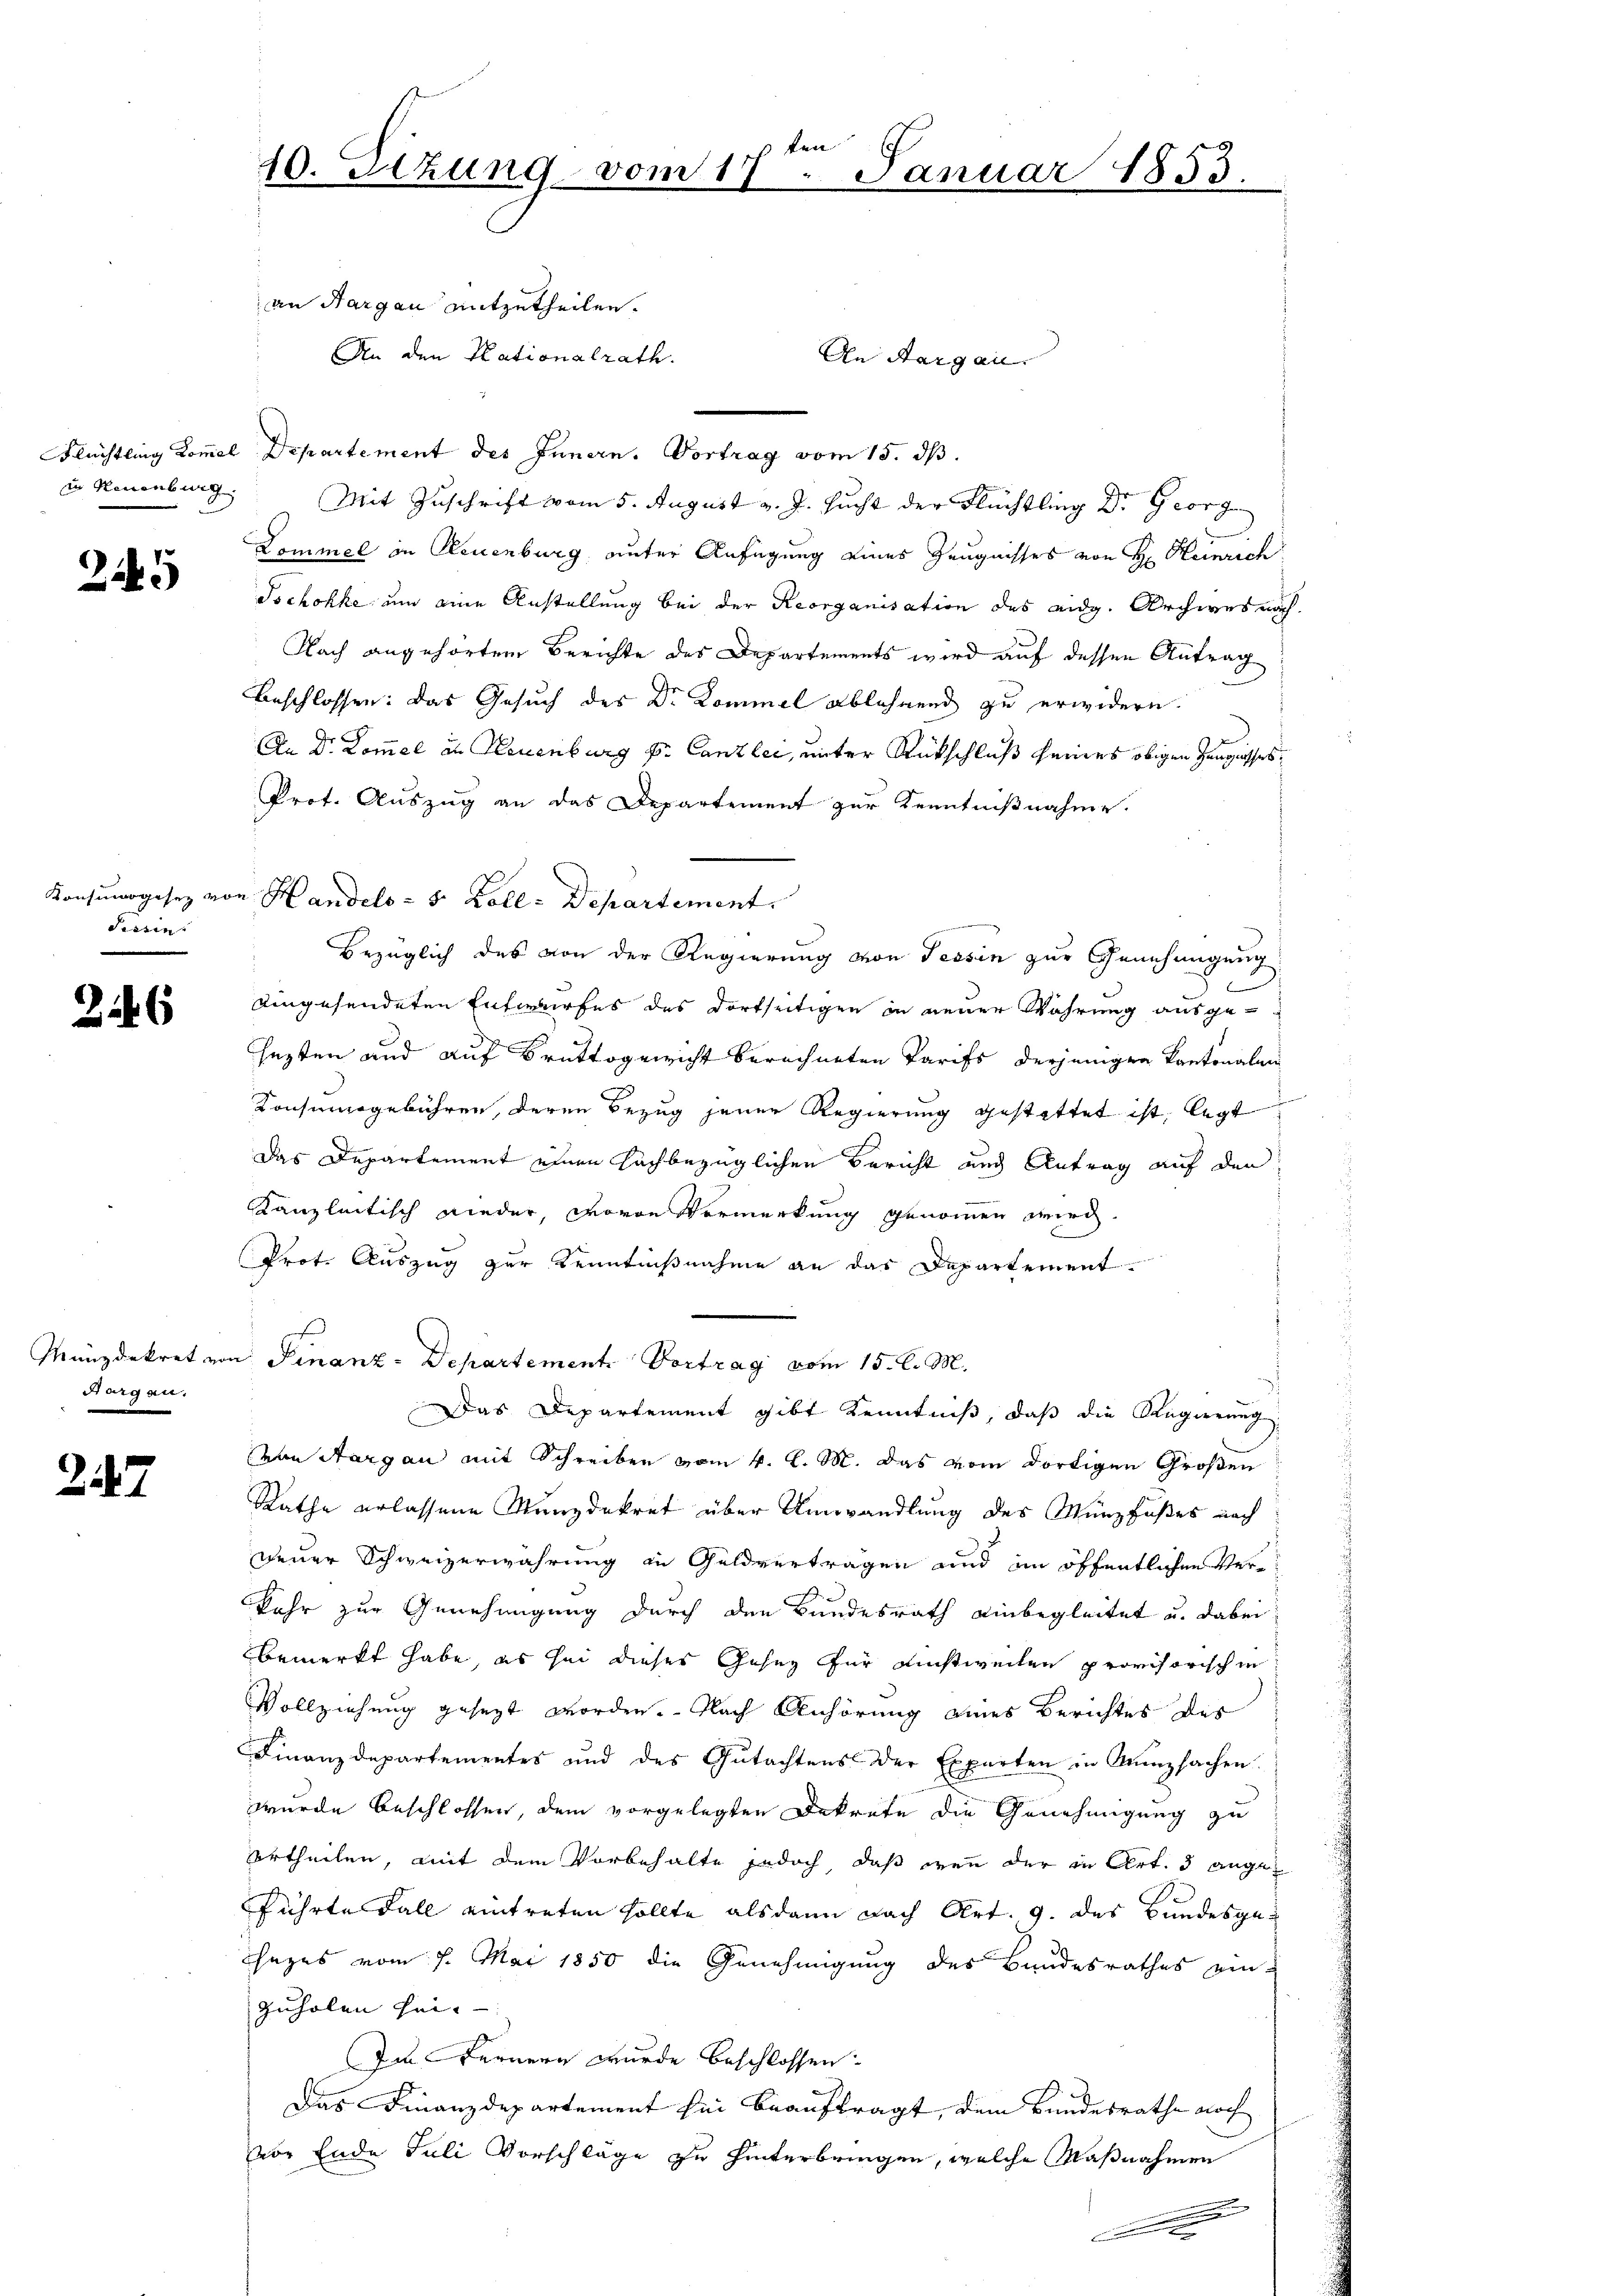
in Neuenburg.

245

Konsumgesez v
Sistin

6

Münzdekret von
Aargau.

247

len
10. Sitzung vom 17. Januar 1853.

an Hargau mitzutheilen.
An den Plationalrath.
An Sargau.
Flüchtling Kom̅el Departement des Innern. Vortrag vom 15. ds.
Mit Zuschrift vom 5. August v. J. sucht der Flüchtling Dr. Georg
Dommel in Reuenburg unter Anfügung eines Zeugnisses von H. Heinrich
Tschokke um eine Anstellung bei der Reorganisation des eidg. Archives nach¬
Nach angehörtem Berichte des Departements wird auf dessen Antrag
Beschlossen: Das Gesuch der Dr. Kommel ablehnend zu erwidern.
An Dr. Kommel in Neuenburg S. Canzlei, unter Rückschluß seines obigen Zeugnisses.
Prof. Auszug an das Departement zur Kenntnißnahme.
n Handels- 5 Zoll-Departement.
Bezüglich des von der Regierung von Tessin zur Genehmigung
eingesendeten Entwurfes des dortseitigen in neuer Wahrung ausgehezten und auf Bruttogericht berechneten Tarifs derjenigen Kantonalen
Konsumsgebühren, deren Bezug jener Regierung gestattet ist, legt
Das Departement einen hachbezüglichen Bericht aus Antrag auf den
Kanzleitisch nieder, wovon Vormerkung genommen wird.
Prot. Auszug zur Kenntnißnahme an das Departement
. Finanz-Departement. Vortrag vom 15. l. M.
Das Departement gibt Kenntniß, daß die Regierung
von Aargau mit Schreiben vom 4. l. M. das vom dortigen Großen
Rathe erlassene Munzdekret über Umwandlung des Münzfußes nach
neuer Schweizerwahrung in Guldvertragen und im öffentlichen Verkehr zur Genehmigung durch den Bundesrath einbegleitet u. dabei
bemerkt habe es sei dieses Geser für nichtweilen provisorischen
Vollziehung gesezt worden. Nach Anhörung eines Berichtes des
Finanzdepartementes und des Gutachtens der Experten in Kunzsachen.
wurde beschlossen, dem vorgelegten Dekrete die Genehmigung zu
Urtheilen, mit dem Vorbehalte jedoch, daß wenn der in Art. 3 angeführte Fall eintreten sollte alsdann nach Art. 9. des Bundesgehezes vom 7. Mai 1850 die Genehmigung des Bandesrathes ein-
zuholen sei.
Im Fernern wurde beschlossen:
Das Finanzdepartement hin beauftragt, dem Bundesrathe noch
vor Ende Juli Vorschläge zu hinterbringen, welche Maßnahmen
e
A